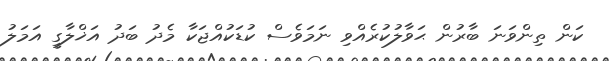
ކަން ތިންވަނަ ބާރުން ޙަވާލުކުރެއްވި ނަމަވެސް ކުޑަކުއްޖަކާ މެދު ބަދު އަޚްލާގީ އަމަލު